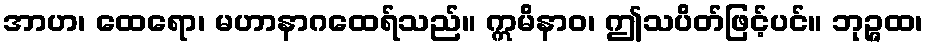
အာဟ၊ ထေရော၊ မဟာနာဂထေရ်သည်။ ဣမိနာဝ၊ ဤသပိတ်ဖြင့်ပင်။ ဘုဉ္ဇထ၊